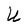
Character: U